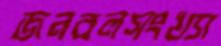
জনবলসংখ্যা